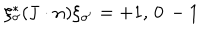
\xi _ { \sigma } ^ { * } ( { \bf J } \cdot { \bf n } ) \xi _ { \sigma ^ { \prime } } = + 1 , \, 0 \, - 1